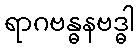
ရာဂဗန္ဓနဗဒ္ဓါ